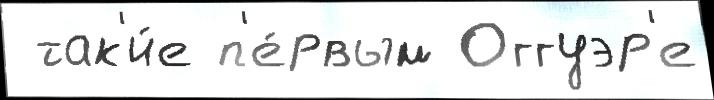
 так'и́е п'е́рвым Оггуэр'е